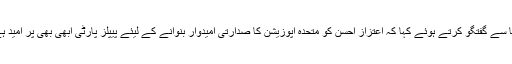
رکن قومی اسمبلی رہنما پیپلزپارٹی خورشید شاہ نے میڈیا سے گفتگو کرتے ہوئے کہا کہ اعتزاز احسن کو متحدہ اپوزیشن کا صدارتی امیدوار بنوانے کے لیئے پیپلز پارٹی ابھی بھی پر امید ہے، ہمیں ماضی کی تلخیوں کو چھوڑ کر آگے بڑھنا ہے۔